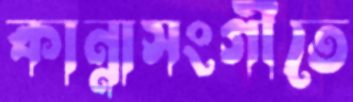
কান্নাসংগীতে